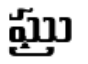
ఘ్రు